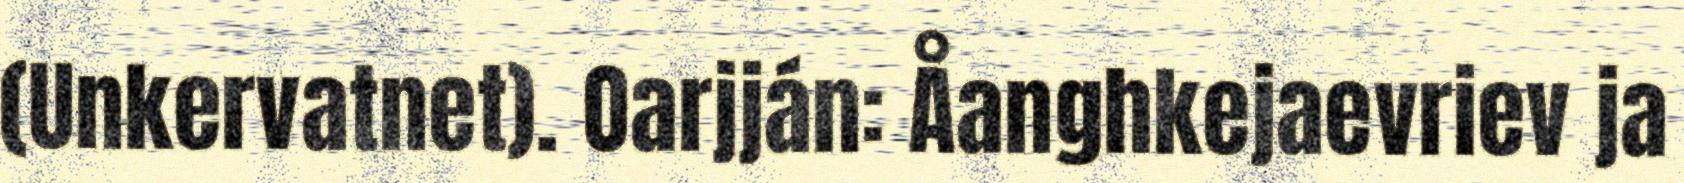
(Unkervatnet). Oarjján: Åanghkejaevriev ja